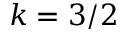
k = 3 / 2